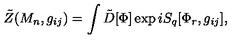
\tilde { Z } ( M _ { n } , g _ { i j } ) = \int \tilde { D } [ \Phi ] \exp i S _ { q } [ \Phi _ { r } , g _ { i j } ] ,